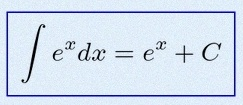
\int e^x dx=e^x+C